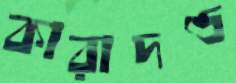
কারাদণ্ড